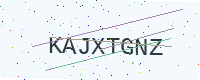
Text: KAJXTGNZ